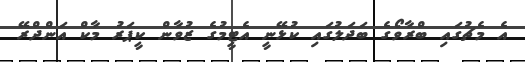
އެ މެޗުގައި ބްރާވޯގެ ބަދަލުގައި ކުޅޭނީ އެޓީމުގެ ޒުވާން ކީޕަރު މާކް އަންދްރޭ